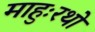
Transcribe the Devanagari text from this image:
माहुःरथो